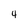
Character: 4